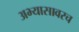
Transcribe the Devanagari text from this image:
अभ्यासावरच